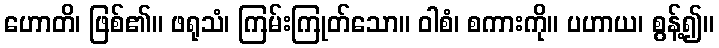
ဟောတိ၊ ဖြစ်၏။ ဖရုသံ၊ ကြမ်းကြုတ်သော။ ဝါစံ၊ စကားကို။ ပဟာယ၊ စွန့်၍။